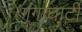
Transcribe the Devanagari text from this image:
गंगाघाटी